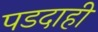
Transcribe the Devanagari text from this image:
पडदाही